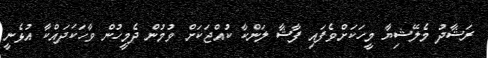
ރަޝާދު މެލޭޝިޔާ މީހަކަށްވެފައި ފާޝާ ލަންކާ ކުއްޖަކަށް ވުމުން ދެމީހުން ވާހަކަދައްކާ އުޅެނީ